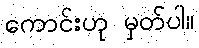
ကောင်းဟု မှတ်ပါ။